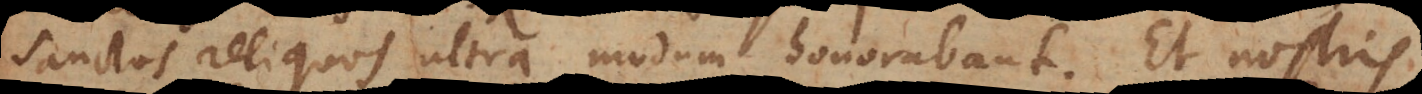
Sanctos reliquos ultra modum honorabant. Et nostris